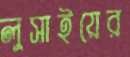
লুসাইয়ের